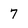
Character: 7